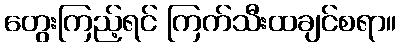
တွေးကြည့်ရင် ကြက်သီးထချင်စရာ။